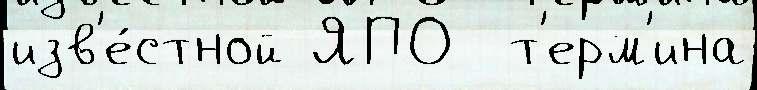
изв'е́стной ЯПО  т'ерм'ина